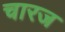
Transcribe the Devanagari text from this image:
चारज